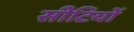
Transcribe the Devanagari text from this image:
सीटियों